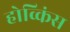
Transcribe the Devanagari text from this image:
होव्किंस